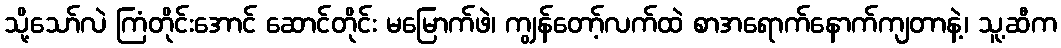
သို့သော်လဲ ကြံတိုင်းအောင် ဆောင်တိုင်း မမြောက်ဖဲ၊ ကျွန်တော့်လက်ထဲ စာအရောက်နောက်ကျတာနဲ့၊ သူ့ဆီက